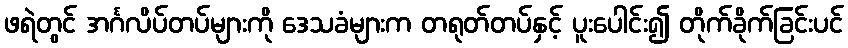
ဖရဲတွင် အင်္ဂလိပ်တပ်များကို ဒေသခံများက တရုတ်တပ်နှင့် ပူးပေါင်း၍ တိုက်ခိုက်ခြင်းပင်